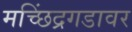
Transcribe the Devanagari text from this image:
मच्छिंद्रगडावर